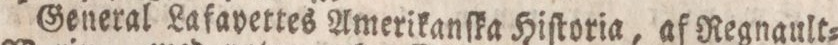
General Lafavettes Amerikanſka Hiſtoria, af Regnault=